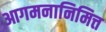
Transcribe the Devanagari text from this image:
आगमनानिमित्त